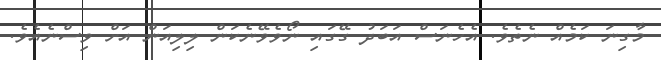
މާގިނަ ކަމެއް ނެތެވެ. އެހެނަސް އަބަދު ގޭގައި ނޯވެވޭނެކަން ލިލިއަން އަށް ވިސްނެއެވެ.